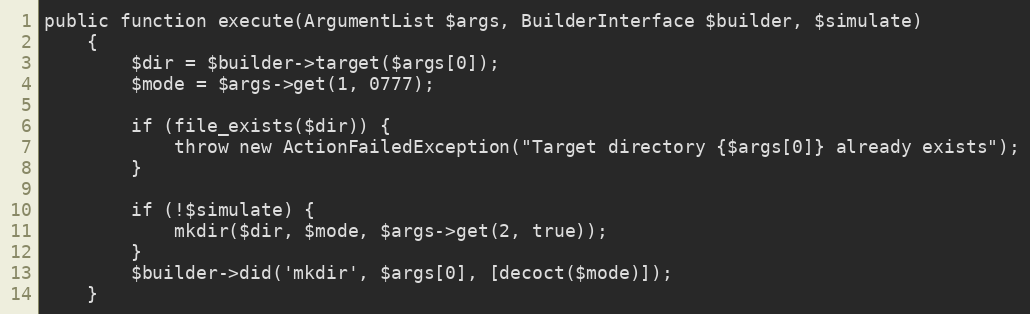
Language: PHP
public function execute(ArgumentList $args, BuilderInterface $builder, $simulate)
    {
        $dir = $builder->target($args[0]);
        $mode = $args->get(1, 0777);

        if (file_exists($dir)) {
            throw new ActionFailedException("Target directory {$args[0]} already exists");
        }

        if (!$simulate) {
            mkdir($dir, $mode, $args->get(2, true));
        }
        $builder->did('mkdir', $args[0], [decoct($mode)]);
    }